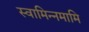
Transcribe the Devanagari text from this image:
स्वामिन्नमामि